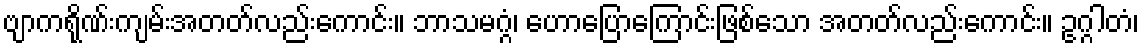
ဗျာကရိုဏ်းကျမ်းအတတ်လည်းကောင်း။ ဘာသမဂ္ဂံ၊ ဟောပြောကြောင်းဖြစ်သော အတတ်လည်းကောင်း။ ဥဂ္ဂါတံ၊